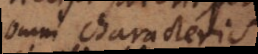
omni characteri